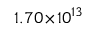
1 . 7 0 \! \times \! 1 0 ^ { 1 3 }